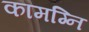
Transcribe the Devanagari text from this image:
कामग्नि